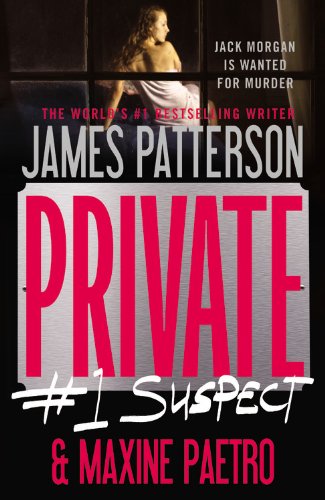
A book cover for Private: #1 Suspect; James Patterson; Mystery, Thriller & Suspense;